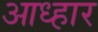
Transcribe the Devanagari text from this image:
आध्हार